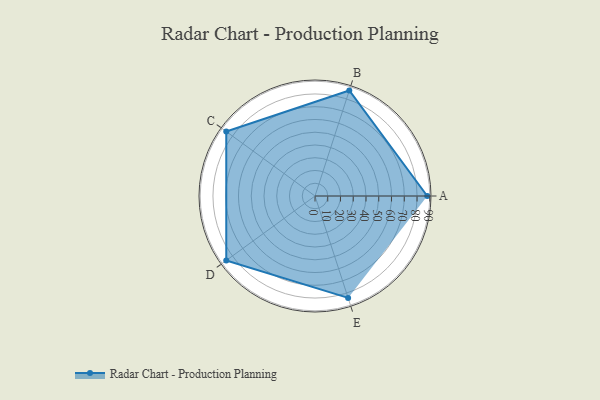
{"axis": {"x": "Skill", "y": "Score"}, "legend": ["Profile"], "data": [{"x": "A", "y": 88.0, "type": "Profile"}, {"x": "B", "y": 87.0, "type": "Profile"}, {"x": "C", "y": 86.0, "type": "Profile"}, {"x": "D", "y": 86.0, "type": "Profile"}, {"x": "E", "y": 84.0, "type": "Profile"}]}